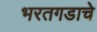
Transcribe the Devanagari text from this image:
भरतगडाचे